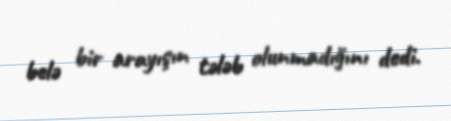
belə bir arayışın tələb olunmadığını dedi.